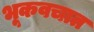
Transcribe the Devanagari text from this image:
भूकवचात